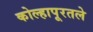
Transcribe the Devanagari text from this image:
कोल्हापूरतले